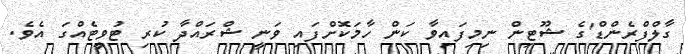
ގާލްފްރެންޑް'ގެ ޝޫޓިން ނިމިފައިވާ ކަން ހާމަކޮށްފައި ވަނީ ޝްރައްދާ ކުރި ޓުވީޓެއްގަ އެވެ.